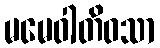
မမေဝါတိဝသာ